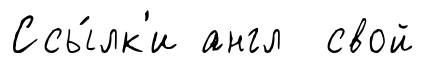
Ссы́лк'и англ свой